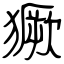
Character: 獗